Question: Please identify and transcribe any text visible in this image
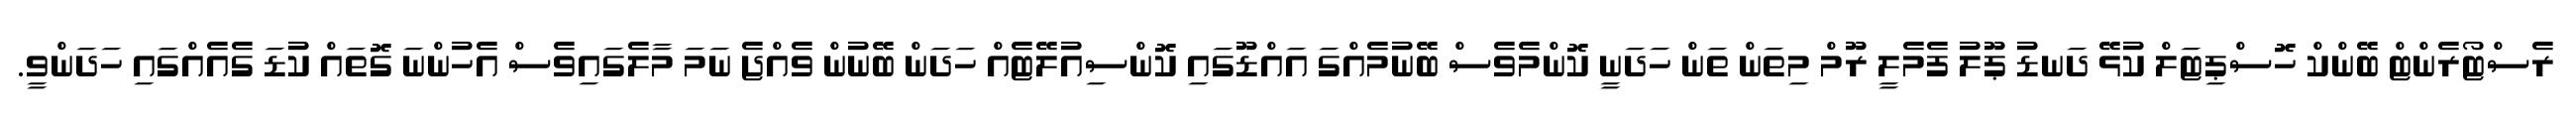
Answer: ރެސްޓޯރެންޓް ބޭންކް ހޮސްޕިޓަލް ކުޅޭ ދަނޑު ޕޫލު ފެމެލީ ރޫމް މިތަން ތަން ހަދަނީ ކޮންމެވެސް ބޭނުމެއްގަ އައްޑޫގައި ކޮންސިއުލޭޓެއް ހަދަން ބޭނުން ވެއްޖެ ނަމަ މާލެގައިވެސް އެހުންނަ ގޮތައް ކުޑަ ގެއެއްގައި ހަދަންވީ.